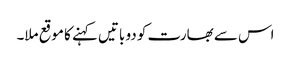
اس سے بھارت کو دو باتیں کہنے کا موقع ملا۔